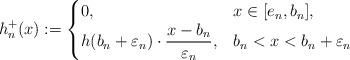
LaTeX: \begin{align*}h_n^+(x):=\begin{cases}0,&x\in [e_n,b_n],\\h(b_n+\varepsilon_n)\cdot \displaystyle{\frac{x-b_n}{\varepsilon_n}},&b_n<x<b_n+\varepsilon_n\end{cases}\end{align*}